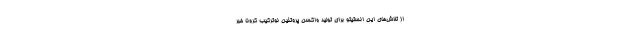
از تلاش‌های این انستیتو برای تولید واکسن پروتئین نوترکیب کرونا خبر